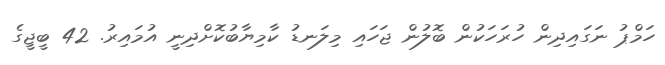
ހަމްޕު ނަގައިދިން ހުރަހަކުން ބޮލުން ޖަހައި މިލަނޑު ކާމިޔާބުކޮށްދިނީ އުމައިރު. 42 ބީޖީގެ